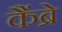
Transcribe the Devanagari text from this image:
कैंब्रे